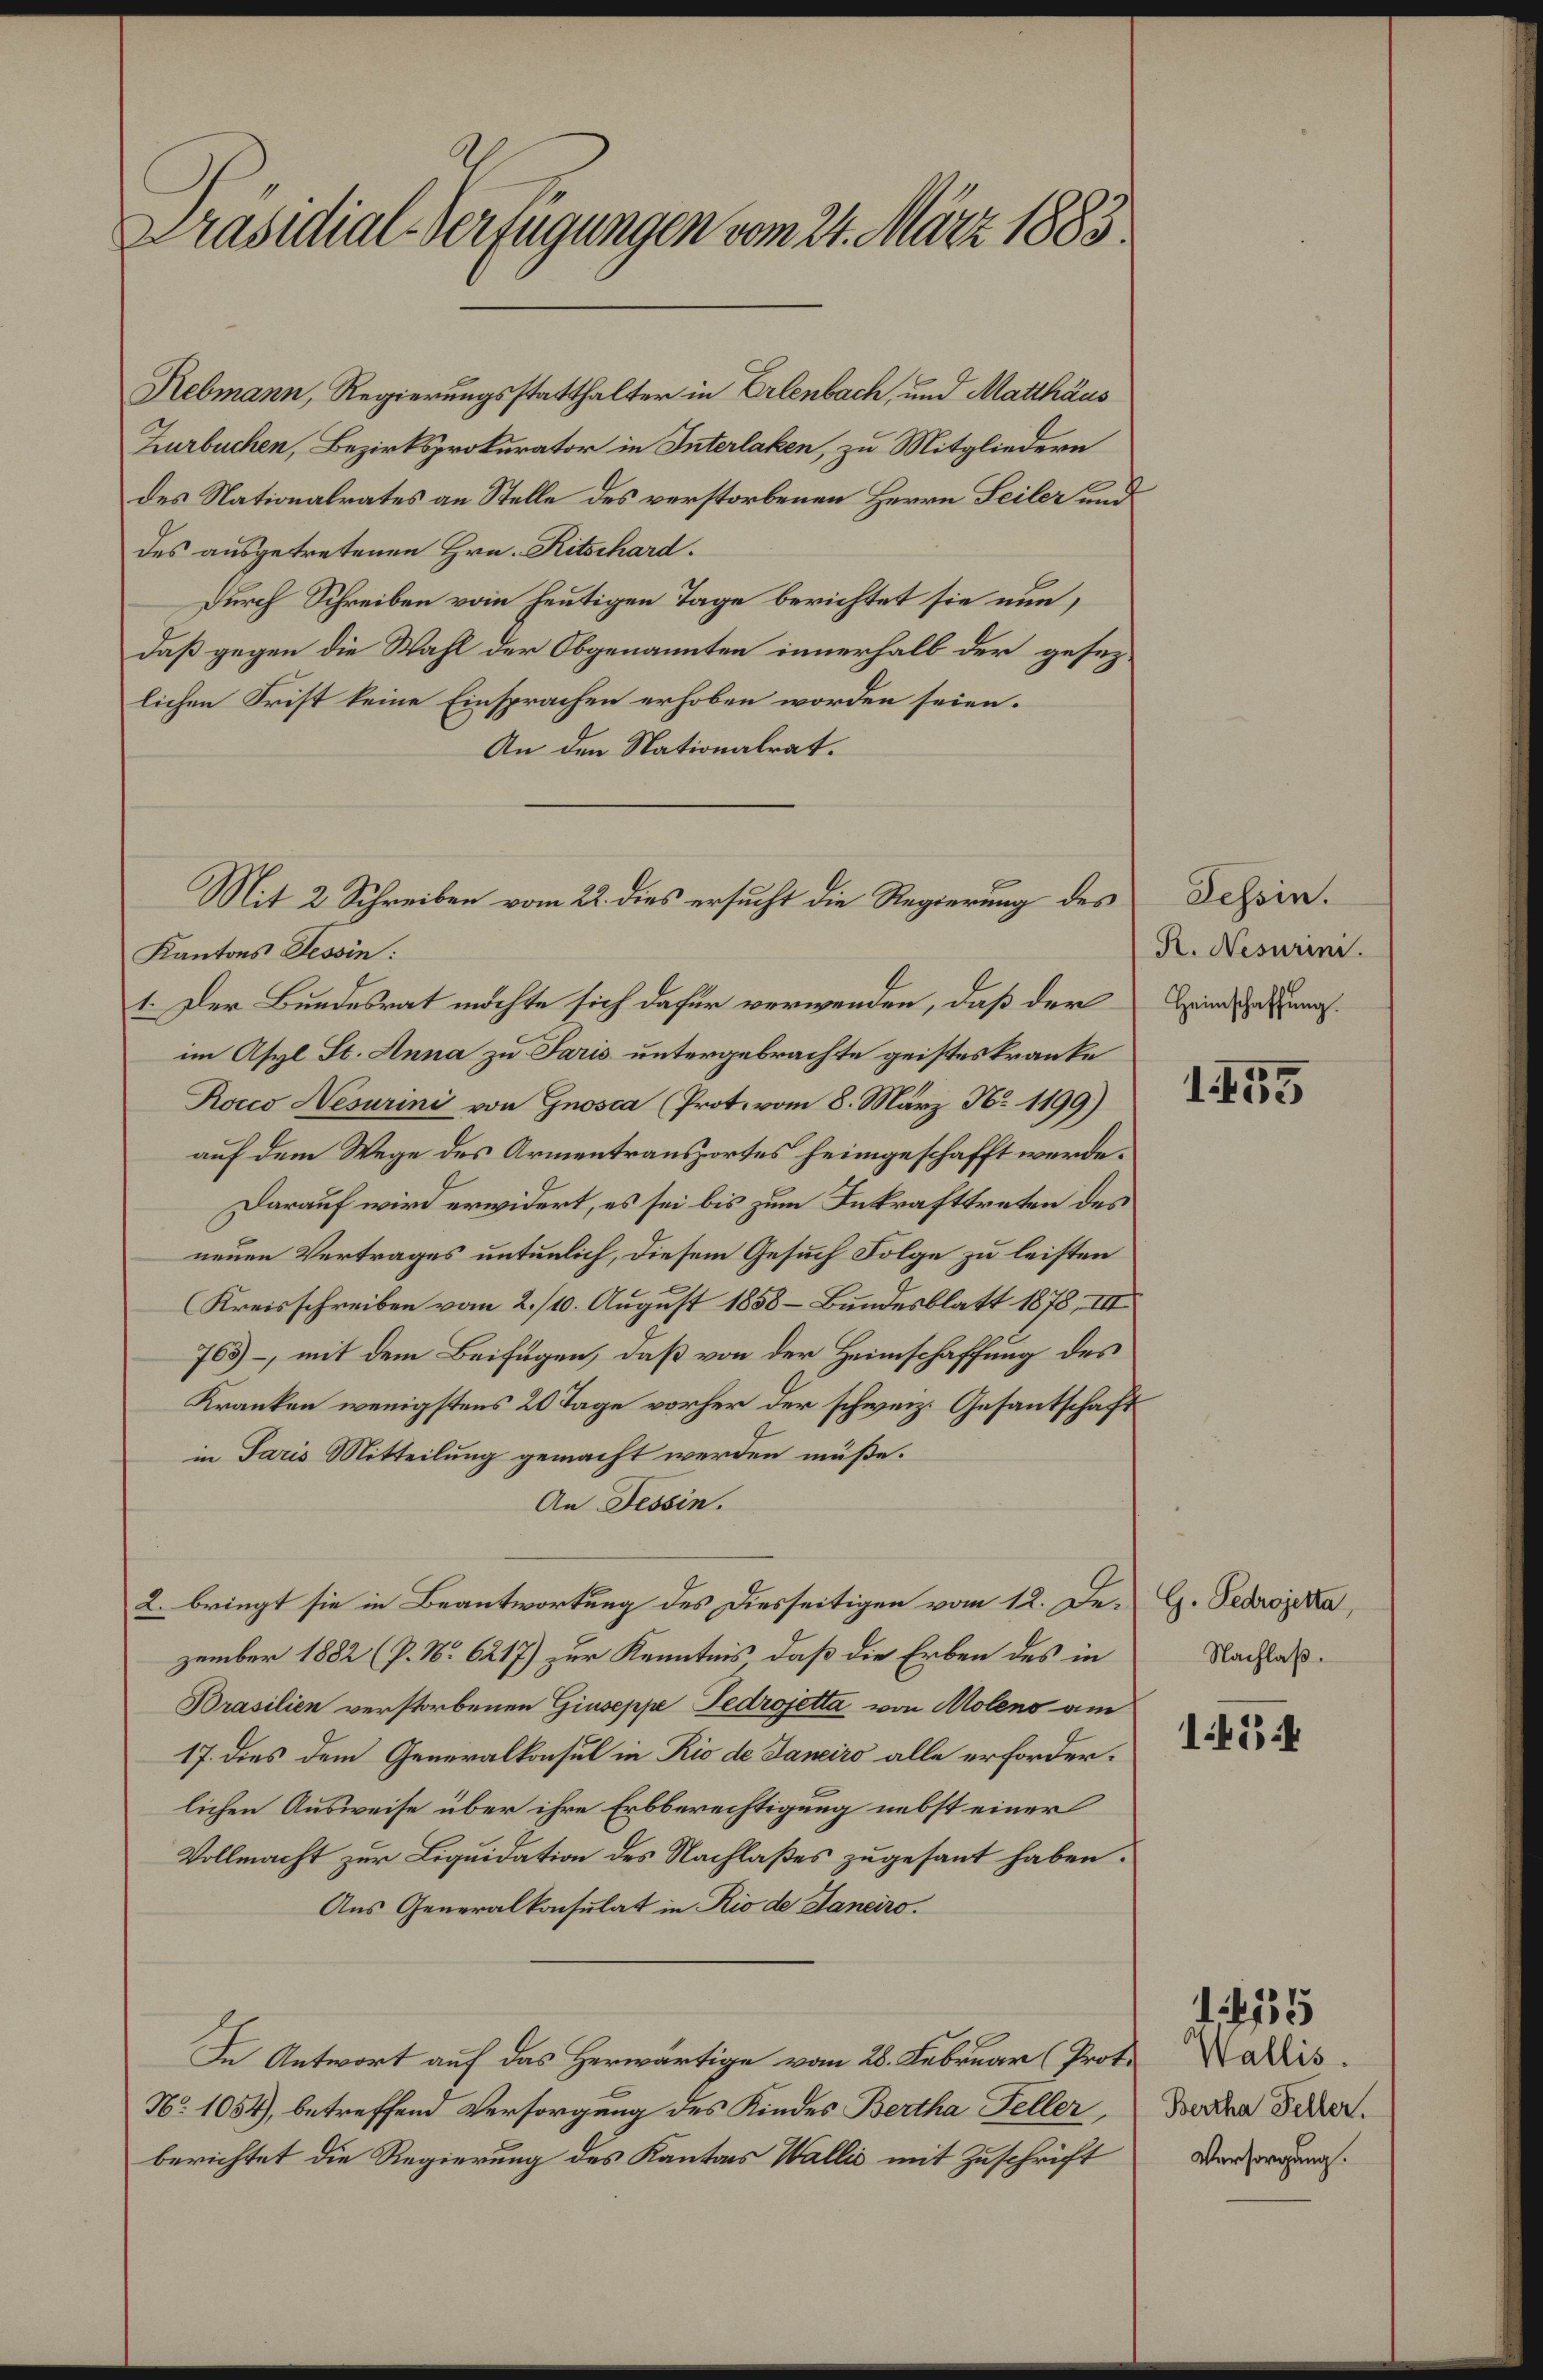
00itl fugenglt n ttetr 188.
Sebmann, Regierungsstethaelter in Bebnkockh und Malltus
Kaabadan, Bezirtszrolurator in Sutrlaken, zu Mitgliedern
des Ratnalrates an Stelle des verstorbenen Hrrrn Beilr nd
des ausgetretenen Hre. Sitchärd:
Ddurch Schreiben von heutigen Tage berichtet sie aun,
daß gegen die Wahl der Obgenannten inmerhall der gesez
lichen Srist keine Einsprachen erhoben worden seien.
An de Nationalrat:
Schein
. N. mini.
Heirascheffung
1885
M. & Shreiben vom 22. dies ersucht de Rtegierung des
Kantons oin.
sDer Bedesant ndchte sich dafer verwenden, daß der
im Asyl B. Anna zu Sais untergebrachte geistestrante
Nas Nsmmind von Znooen Protevom 8. März N. 1499)
auf dem Wege des Armentranszortes heingeschafft werde
Darauf wird erwidert, es sei bes zu Setrafttretn de
neuen Vertrages untunlich, diesem Gesuch Solge zu leisten
Kresschreiben vom 2. 4. August 185Bendesblatt 187
70-, mit dem Beifügen, daß von der Hmschaffung des
Kranten wenigstens 2Rage vorher der schweiz Grsantschafu
in Sais Mitteilung gemächt werden mäße.
An Feoie.
9. Stejete
Nachlas.
1484
2. bringt sie in Beantwortung des desseitigen von 12. ue
zenber 1882 . N. At zur Kennteis daß die Erben des in
Bandien verstrbenen Ziwppe Sedrwjes vn obet
17. des dem Generallnsul in Rie d Saens alle erforder.
lichen Ausweise über ihre Erbberechtigung nebst einer
ollrnacht zur Ligudation des Rachlases zugesant haben.
Aus Generallonsulat in Ki d Sama:
1485
eallis.
Barta Setlar.
sVrrsorrghung.
B. Antvirt auf das Herwärtige von 2. Fekuar  Prot¬
Nt. 108. betreffend Versorgung des Kindes Berthe Sellr
berichtet die Regierung des Kantns Salls mit Zuschrift